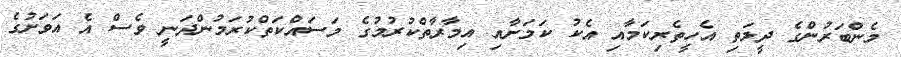
މެންބަރުންގެ ދީލަތި އެހީތެރިކަމާއި އެކު ކަމަށާއި އިމާރާތްކުރުމުގެ މަސައްކަތްކުރަމުންދަނީ ވެސް އެ އަވަށުގެ